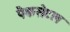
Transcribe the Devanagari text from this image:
पैकसेटल